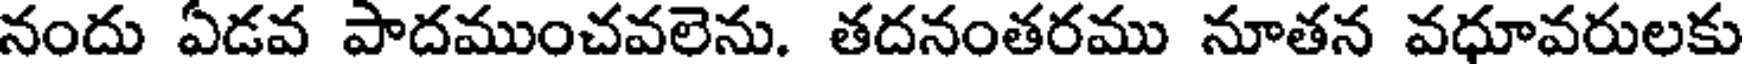
నందు ఏడవ పాదముంచవలెను. తదనంతరము నూతన వధూవరులకు